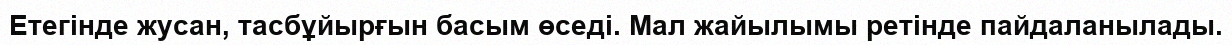
Етегінде жусан, тасбұйырғын басым өседі. Мал жайылымы ретінде пайдаланылады.